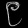
Digit: ၉